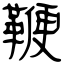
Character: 鞭